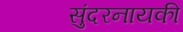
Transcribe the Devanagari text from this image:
सुंदरनायकी